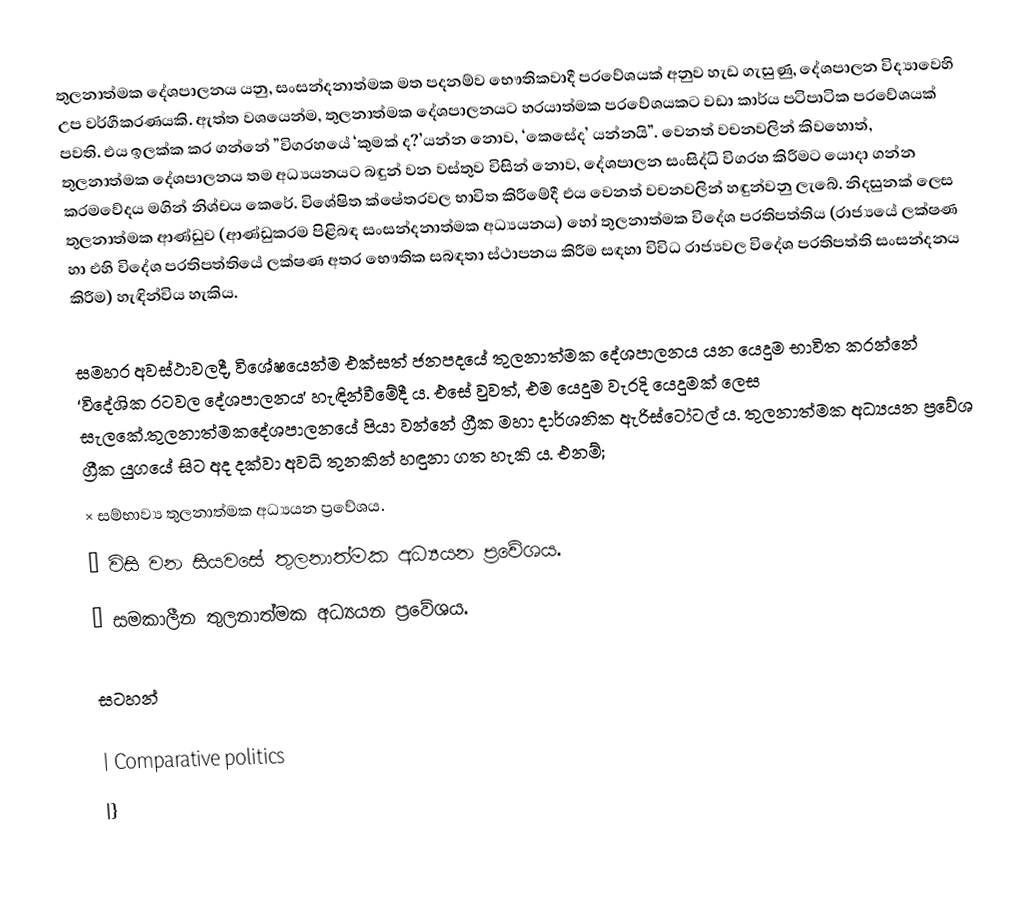
තුලනාත්මක දේශපාලනය යනු, සංසන්දනාත්මක මත පදනම්ව භෞතිකවාදී ප‍්‍රවේශයක් අනුව හැඩ ගැසුණු, දේශපාලන විද්‍යාවෙහි උප වර්ගීකරණයකි. ඇත්ත වශයෙන්ම, තුලනාත්මක දේශපාලනයට හරයාත්මක ප‍්‍රවේශයකට වඩා කාර්ය පටිපාටික ප‍්‍රවේශයක් පවති. එය ඉලක්ක කර ගන්නේ ”විග‍්‍රහයේ ‘කුමක් ද?’යන්න නොව, ‘කෙසේද’ යන්නයි”. වෙනත් වචනවලින් කිවහොත්, තුලනාත්මක දේශපාලනය තම අධ්‍යයනයට බඳුන් වන වස්තුව විසින් නොව, දේශපාලන සංසිද්ධි විග‍්‍රහ කිරීමට යොදා ගන්න ක‍්‍රමවේදය මගින් නිශ්චය කෙරේ. විශේෂිත ක්ෂේත‍්‍රවල භාවිත කිරීමේදී එය වෙනත් වචනවලින් හඳුන්වනු ලැබේ. නිදසුනක් ලෙස තුලනාත්මක ආණ්ඩුව (ආණ්ඩුක‍්‍රම පිළිබඳ සංසන්දනාත්මක අධ්‍යයනය) හෝ තුලනාත්මක විදේශ ප‍්‍රතිපත්තිය (රාජ්‍යයේ ලක්ෂණ හා එහි විදේශ ප‍්‍රතිපත්තියේ ලක්ෂණ අතර භෞතික සබඳතා ස්ථාපනය කිරීම සඳහා විවිධ රාජ්‍යවල විදේශ ප‍්‍රතිපත්ති සංසන්දනය කිරීම) හැඳින්විය හැකිය.

සමහර අවස්ථාවලදී, විශේෂයෙන්ම එක්සත් ජනපදයේ තුලනාත්මක දේශපාලනය යන යෙදුම භාවිත කරන්නේ ‘විදේශික රටවල දේශපාලනය’ හැඳින්වීමේදී ය. එසේ වුවත්, එම යෙදුම වැරදි යෙදුමක් ලෙස සැලකේ.තුලනාත්මකදේශපාලනයේ පියා වන්නේ ග්‍රීක මහා දාර්ශනික ඇරිස්ටෝටල් ය. තුලනාත්මක අධ්‍යයන ප්‍රවේශ ග්‍රීක යුගයේ සිට අද දක්වා අවධි තුනකින් හඳුනා ගත හැකි ය. එනම්;
      × සම්භාව්‍ය තුලනාත්මක අධ්‍යයන ප්‍රවේශය.
      × විසි වන සියවසේ තුලනාත්මක අධ්‍යයන ප්‍රවේශය.
      × සමකාලීන තුලනාත්මක අධ්‍යයන ප්‍රවේශය.

සටහන්

| Comparative politics
|}